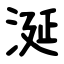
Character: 涎